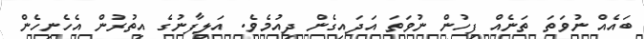
ބައެއް ނުވަތަ ތަނެއް ފިހުން ނުވަތަ އަދައިގެން ދިއުމެވެ. އަލިފާނުގެ އިތުރުން އެހެނިހެން